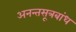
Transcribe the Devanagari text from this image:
अनन्तसूत्रबांध